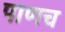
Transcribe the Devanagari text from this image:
पाणच